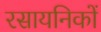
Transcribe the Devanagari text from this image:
रसायनिकों